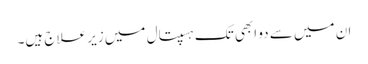
ان میں سے دو ابھی تک ہسپتال میں زیر علاج ہیں۔